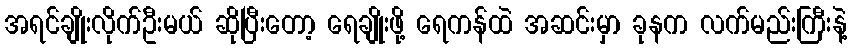
အရင်ချိုးလိုက်ဦးမယ် ဆိုပြီးတော့ ရေချိုးဖို့ ရေကန်ထဲ အဆင်းမှာ ခုနက လက်မည်းကြီးနဲ့